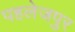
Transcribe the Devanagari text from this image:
पहलेजपुर